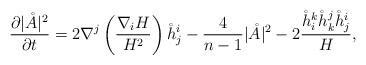
LaTeX: \begin{align*}\frac{\partial |\mathring{A}|^2}{\partial t}=2\nabla^j\left(\frac{\nabla_iH}{H^2} \right)\mathring{h}^i_j-\frac{4}{n-1}|\mathring{A}|^2-2\frac{\mathring{h}^k_i\mathring{h}^j_k\mathring{h}^i_j}{H},\end{align*}